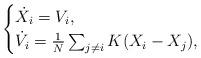
LaTeX: \begin{align*}\begin{cases}\dot{X}_i =V_i,\\\dot{V}_i= \frac{1}{N}\sum_{j \ne i} K(X_i- X_j),\end{cases}\end{align*}